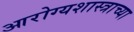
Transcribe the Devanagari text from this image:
आरोग्यशास्त्राच्या